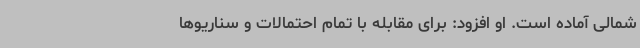
شمالی آماده است. او افزود: برای مقابله با تمام احتمالات و سناریوها